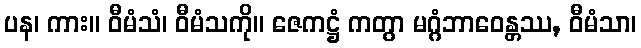
ပန၊ ကား။ ဝီမံသံ၊ ဝီမံသကို။ ဇေကဋ္ဌံ ကတွာ မဂ္ဂံဘာဝေန္တဿ, ဝီမံသာ၊